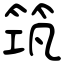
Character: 筑